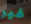
غير